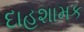
દાહશામક